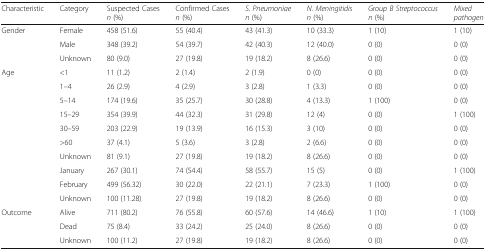
<table><thead><tr><td><b>Characteristic</b></td><td><b>Category</b></td><td><b>Suspected Cases <i>n</i> (%)</b></td><td><b>Confirmed Cases <i>n</i> (%)</b></td><td><b><i>S. Pneumoniae n</i> (%)</b></td><td><b><i>N. Meningitidis n</i> (%)</b></td><td><b><i>Group B Streptococcus n</i> (%)</b></td><td><b><i>Mixed pathogen</i></b></td></tr></thead><tbody><tr><td rowspan="3">Gender</td><td>Female</td><td>458 (51.6)</td><td>55 (40.4)</td><td>43 (41.3)</td><td>10 (33.3)</td><td>1 (10)</td><td>1 (10)</td></tr><tr><td>Male</td><td>348 (39.2)</td><td>54 (39.7)</td><td>42 (40.3)</td><td>12 (40.0)</td><td>0 (0)</td><td>0 (0)</td></tr><tr><td>Unknown</td><td>80 (9.0)</td><td>27 (19.8)</td><td>19 (18.2)</td><td>8 (26.6)</td><td>0 (0)</td><td>0 (0)</td></tr><tr><td rowspan="10">Age</td><td>&lt;1</td><td>11 (1.2)</td><td>2 (1.4)</td><td>2 (1.9)</td><td>0 (0)</td><td>0 (0)</td><td>0 (0)</td></tr><tr><td>1–4</td><td>26 (2.9)</td><td>4 (2.9)</td><td>3 (2.8)</td><td>1 (3.3)</td><td>0 (0)</td><td>0 (0)</td></tr><tr><td>5–14</td><td>174 (19.6)</td><td>35 (25.7)</td><td>30 (28.8)</td><td>4 (13.3)</td><td>1 (100)</td><td>0 (0)</td></tr><tr><td>15–29</td><td>354 (39.9)</td><td>44 (32.3)</td><td>31 (29.8)</td><td>12 (4)</td><td>0 (0)</td><td>1 (100)</td></tr><tr><td>30–59</td><td>203 (22.9)</td><td>19 (13.9)</td><td>16 (15.3)</td><td>3 (10)</td><td>0 (0)</td><td>0 (0)</td></tr><tr><td>&gt;60</td><td>37 (4.1)</td><td>5 (3.6)</td><td>3 (2.8)</td><td>2 (6.6)</td><td>0 (0)</td><td>0 (0)</td></tr><tr><td>Unknown</td><td>81 (9.1)</td><td>27 (19.8)</td><td>19 (18.2)</td><td>8 (26.6)</td><td>0 (0)</td><td>0 (0)</td></tr><tr><td>January</td><td>267 (30.1)</td><td>74 (54.4)</td><td>58 (55.7)</td><td>15 (5)</td><td>0 (0)</td><td>1 (100)</td></tr><tr><td>February</td><td>499 (56.32)</td><td>30 (22.0)</td><td>22 (21.1)</td><td>7 (23.3)</td><td>1 (100)</td><td>0 (0)</td></tr><tr><td>Unknown</td><td>100 (11.28)</td><td>27 (19.8)</td><td>19 (18.2)</td><td>8 (26.6)</td><td>0 (0)</td><td>0 (0)</td></tr><tr><td rowspan="3">Outcome</td><td>Alive</td><td>711 (80.2)</td><td>76 (55.8)</td><td>60 (57.6)</td><td>14 (46.6)</td><td>1 (10)</td><td>1 (100)</td></tr><tr><td>Dead</td><td>75 (8.4)</td><td>33 (24.2)</td><td>25 (24.0)</td><td>8 (26.6)</td><td>0 (0)</td><td>0 (0)</td></tr><tr><td>Unknown</td><td>100 (11.2)</td><td>27 (19.8)</td><td>19 (18.2)</td><td>8 (26.6)</td><td>0 (0)</td><td>0 (0)</td></tr></tbody></table>